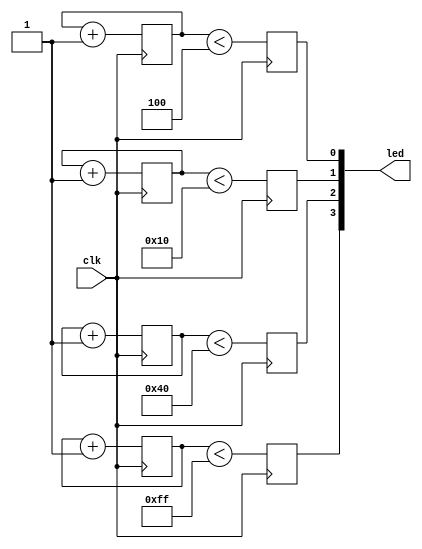
module top (
    clk,
    led
);
// FPGA Hello world multible pwm duty cycle controled leds
// https://timetoexplore.net/blog/arty-fpga-verilog-02
// 
// Target:
//     ZYNQ 7000 Board (Arty, PYNQ-Z1, PYNQ-Z2) with at least 4 leds
// 
// 
// Input:
//     clk(bool): clock input    
// Ouput:
//     led(4bitVec): led output to PYNQ-Z1/2 (ect.)
//     

input clk;
output [3:0] led;
wire [3:0] led;

wire [7:0] pwm0_0_1_dutyCount;
reg [7:0] pwm0_0_1_counter = 0;
wire [7:0] pwm1_0_dutyCount;
reg [7:0] pwm1_0_counter = 0;
wire [7:0] pwm2_dutyCount;
reg [7:0] pwm2_counter = 0;
wire [7:0] pwm3_dutyCount;
reg [7:0] pwm3_counter = 0;
reg led_i [0:4-1];

initial begin: INITIALIZE_LED_I
    integer i;
    for(i=0; i<4; i=i+1) begin
        led_i[i] = 0;
    end
end


assign pwm0_0_1_dutyCount = 8'd4;
assign pwm1_0_dutyCount = 8'd16;
assign pwm2_dutyCount = 8'd64;
assign pwm3_dutyCount = 8'd255;


always @(posedge clk) begin: TOP_PWM0_0_1_LOGIC
    pwm0_0_1_counter <= (pwm0_0_1_counter + 1);
    led_i[0] <= (pwm0_0_1_counter < pwm0_0_1_dutyCount);
end


always @(posedge clk) begin: TOP_PWM1_0_LOGIC
    pwm1_0_counter <= (pwm1_0_counter + 1);
    led_i[1] <= (pwm1_0_counter < pwm1_0_dutyCount);
end


always @(posedge clk) begin: TOP_PWM2_LOGIC
    pwm2_counter <= (pwm2_counter + 1);
    led_i[2] <= (pwm2_counter < pwm2_dutyCount);
end


always @(posedge clk) begin: TOP_PWM3_LOGIC
    pwm3_counter <= (pwm3_counter + 1);
    led_i[3] <= (pwm3_counter < pwm3_dutyCount);
end



assign led = {led_i[3], led_i[2], led_i[1], led_i[0]};

endmodule